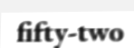
fifty-two